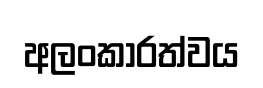
අලංකාරත්වය